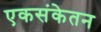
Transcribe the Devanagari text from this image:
एकसंकेतन